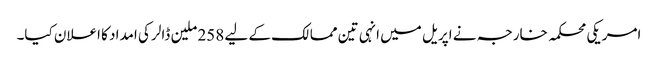
امریکی محکمہ خارجہ نے اپریل میں انہی تین ممالک کے لیے 258 ملین ڈالر کی امداد کا اعلان کیا۔